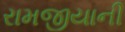
રામજીયાની